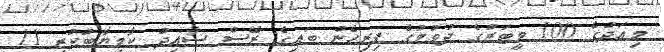
މިއަދުގެ 100 މީޓަރުގެ ދުވުމުގެ ފިރިހެން ބައިގެ ރޭސް ސާއިދު ކާމިޔާބުކުރީ 11